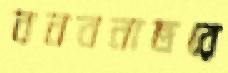
বনবনান্তরে